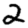
Digit: 2